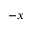
- x